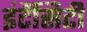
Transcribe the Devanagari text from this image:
इंटेंसिटी